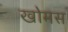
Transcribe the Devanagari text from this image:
खोमस